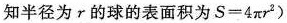
知半径为γ的球的表面积为$$S = 4 π r ^ { 2 } )$$